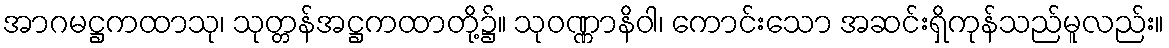
အာဂမဋ္ဌကထာသု၊ သုတ္တန်အဋ္ဌကထာတို့၌။ သုဝဏ္ဏာနိဝါ၊ ကောင်းသော အဆင်းရှိကုန်သည်မူလည်း။